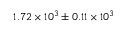
1 . 7 2 \times 1 0 ^ { 3 } \pm { 0 . 1 1 \times 1 0 ^ { 3 } }